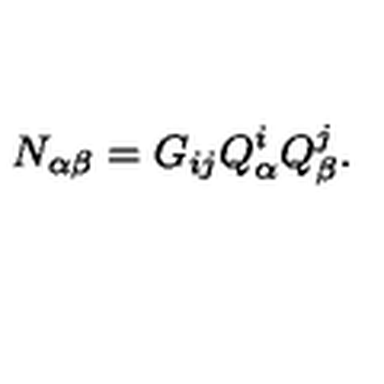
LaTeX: N _ { \alpha \beta } = G _ { i j } Q _ { \alpha } ^ { i } Q _ { \beta } ^ { j } .